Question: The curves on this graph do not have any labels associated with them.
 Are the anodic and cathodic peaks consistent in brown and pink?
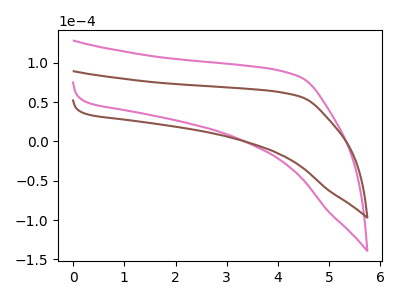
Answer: <think>The pink curve "pink" has no peaks. The brown curve "brown" has no peaks.</think>
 <answer>Niether CV has any peaks.</answer>
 <eval>blanks</eval>